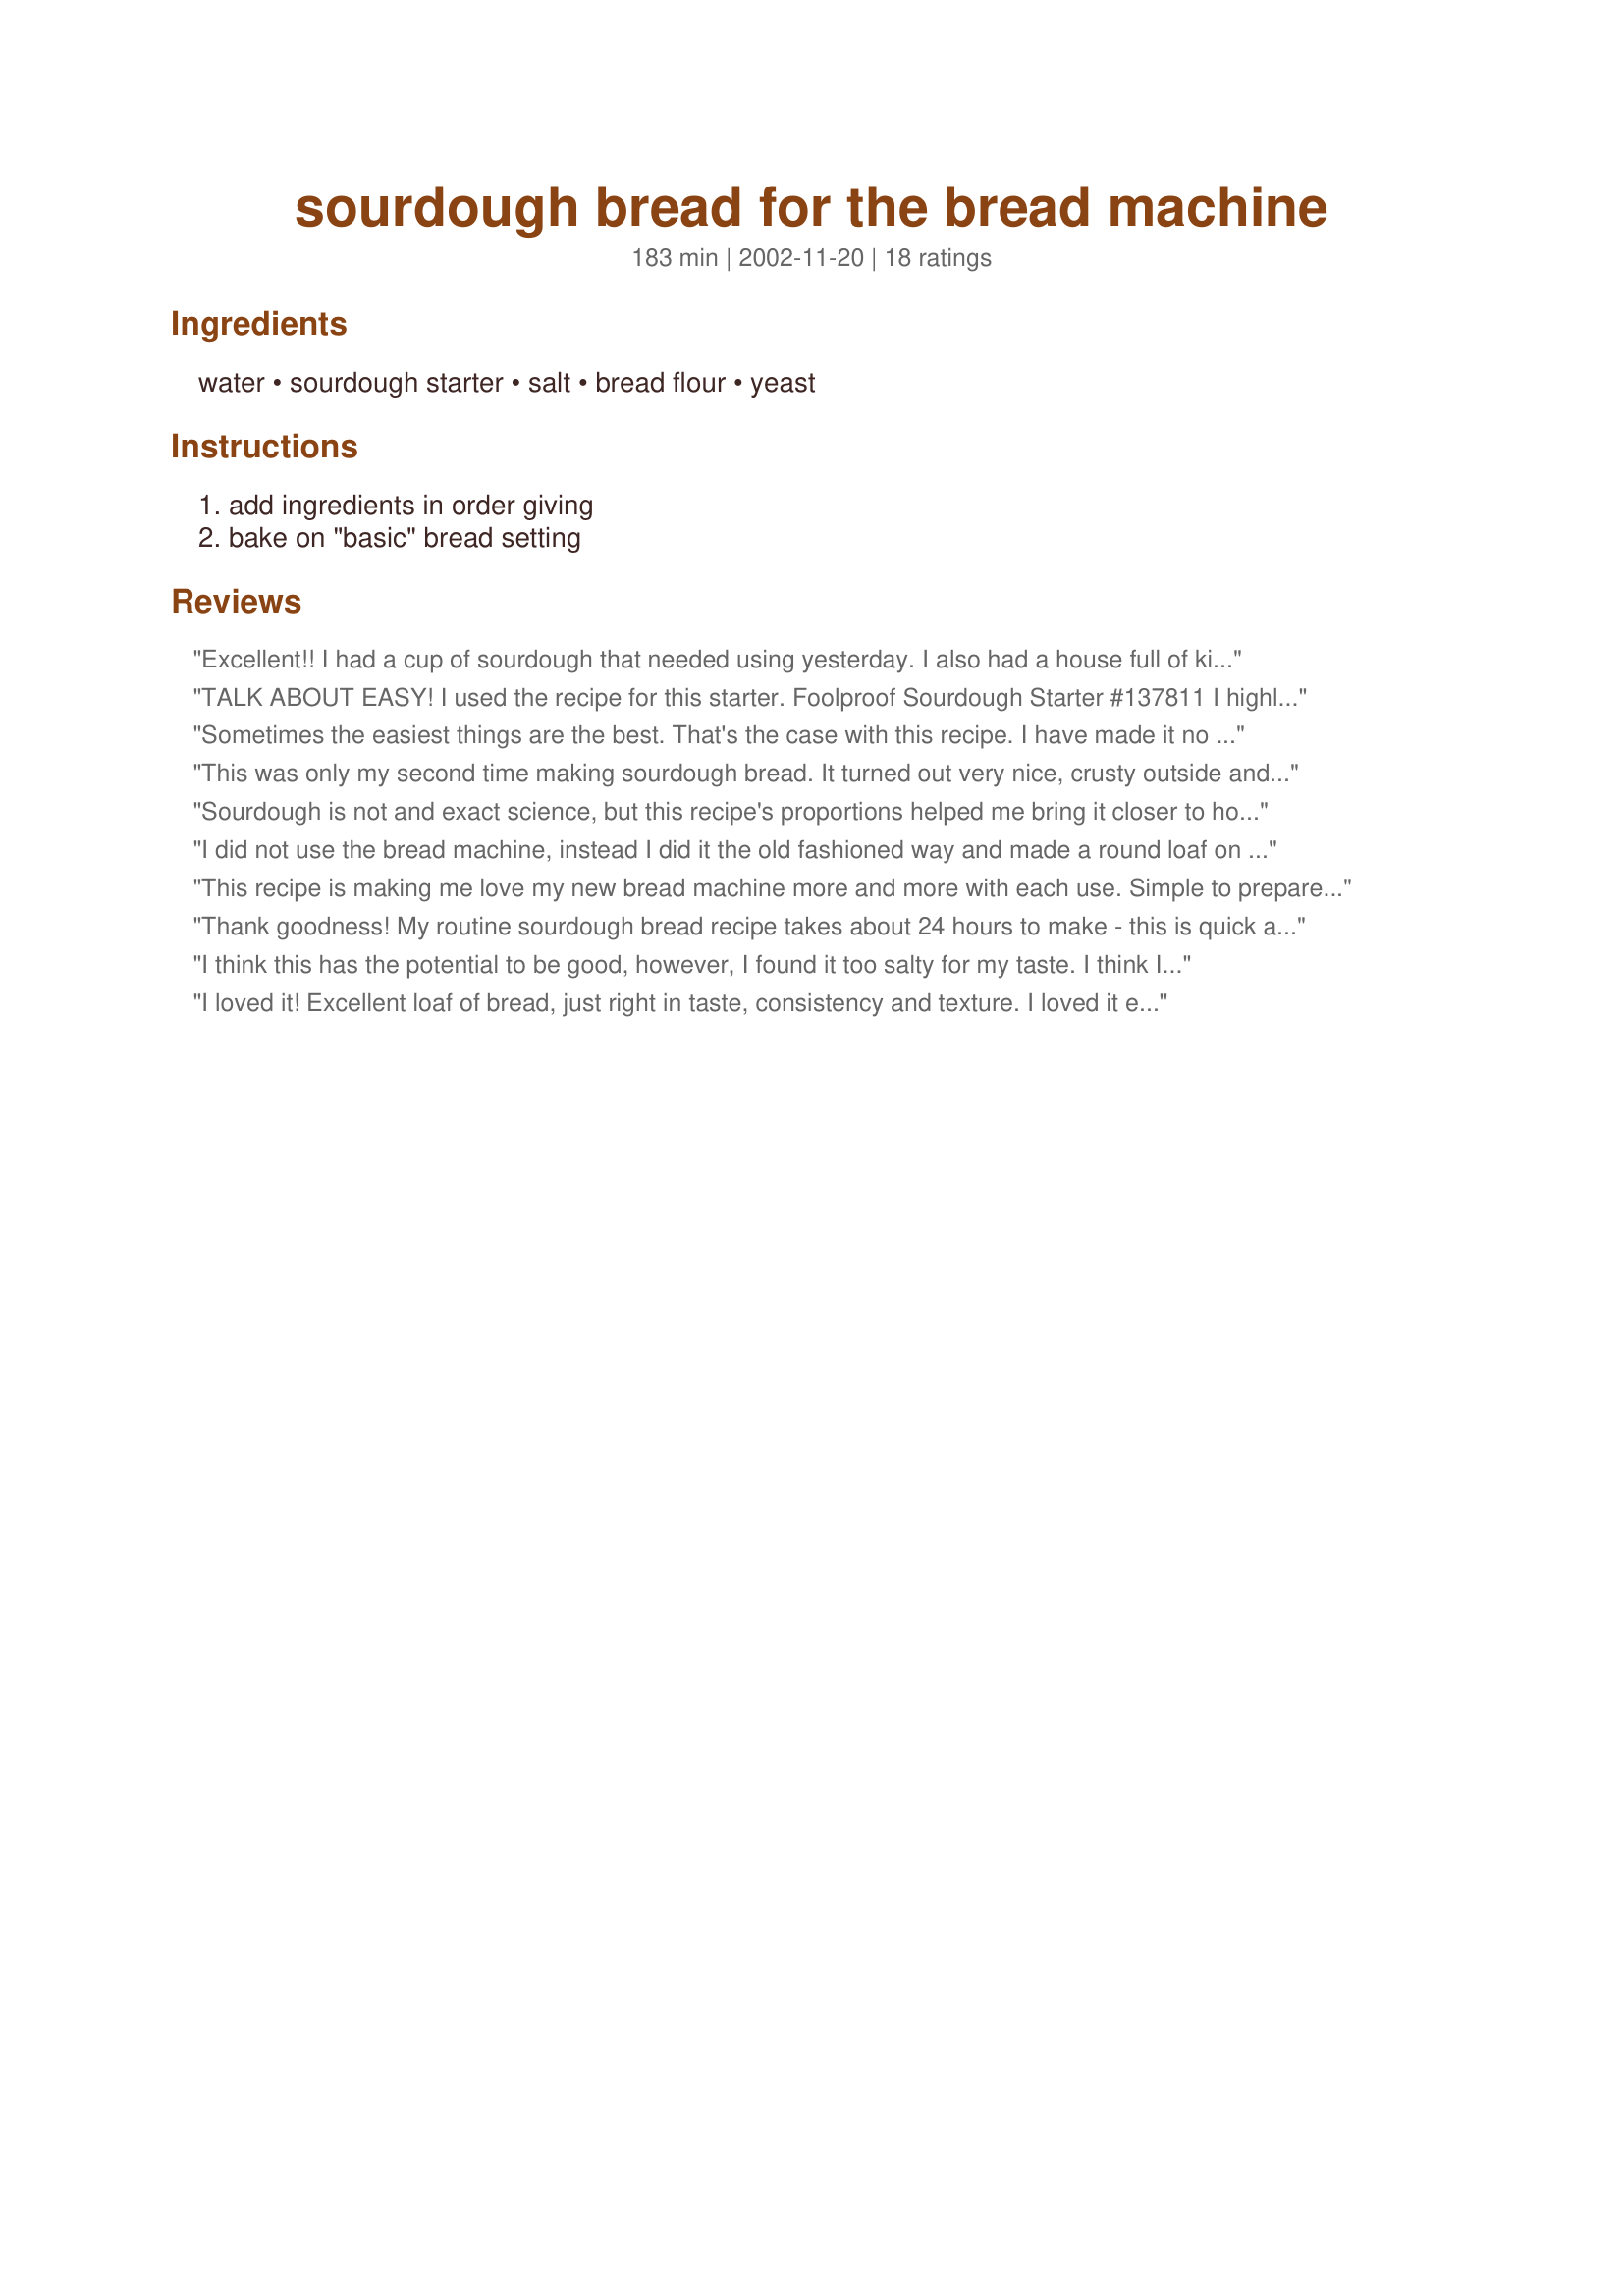
sourdough bread for the bread machine
Preparation time: 183 minutes

Ingredients:
water, sourdough starter, salt, bread flour, yeast

Steps:
add ingredients in order giving, bake on "basic" bread setting

Reviews:
Excellent!! I had a cup of sourdough that needed using yesterday. I also had a house full of kids and wanted something easy. This can't get much easier. I threw it in the breadmachine and let it go. I did set it on dough setting and made 12 beautiful buns out of it. My dad loves sourdough and I will be making these again on Friday to take to him. Thanks for a wonderul simple recipe.
TALK ABOUT EASY! I used the recipe for this starter. Foolproof Sourdough Starter #137811 I highly recommend that starter if you have problems starting a batch. This bread machine recipe is ridiculousy easy! DH & I are soooooo pleased that the sourdough taste comes through so well! I can't wait till the next loaf! Thanks Southern Chef! THIS IS A KEEPER!
Sometimes the easiest things are the best. That's the case with this recipe. I have made it no less than six times and it is perfect every single time. I have tried a lot of other bread machine sour dough recipes, but this is the only one that works like a charm. Crispy on the outside and chewy on the inside. THANK YOU FOR THIS RECIPE!!!
This was only my second time making sourdough bread. It turned out very nice, crusty outside and chewy inside. I think it even tasted better after sitting overnight.
Sourdough is not and exact science, but this recipe's proportions helped me bring it closer to home. Apparently my started is dryer than the one used in the recipe, so I had to add a little extra water, which I did while the bread was in the kneading process for more control. Yes, I opened the machine while it was operating...anyways the end result was a very malleable dough which I easily turned into baguettes for oven baking.
I did not use the bread machine, instead I did it the old fashioned way and made a round loaf on a cookie sheet dusted with cornmeal. It turned out great. Thanks for this recipe. It was super easy and my family is ready for another loaf.
This recipe is making me love my new bread machine more and more with each use. Simple to prepare and the tangy tasty flavor is reminiscent of my home town, San Francisco's iconic sourdough. Thank you for sharing.
Thank goodness! My routine sourdough bread recipe takes about 24 hours to make - this is quick and even tastes better! Thanks for posting.
I think this has the potential to be good, however, I found it too salty for my taste. I think I will make croutons out of it. I will try again, but just use less salt.
I loved it! Excellent loaf of bread, just right in taste, consistency and texture. I loved it expecially when making my grilled cheese sandwich to go with my homemade Chicken Noodle soup! Thanks so much for the great recipe!
Do I complete the King Aurthur starter to the point to use for Sourdough Bead?
This made the best bread yet in my new bread machine. I used Diana Neal's starter recipe. The outside was crusty, the inside soft and chewy, and it had great flavor. I will make this on a regular basis.
This is very good! It makes a nice fluffy light-textured loaf. I only needed about 1/2 cup water to get the right consistency. Thanks!
Made this in my bread machine this time, just to see if we would like the results. I figured the next time I could try baking it in the oven. We were THRILLED! We got a nice, airy loaf of bread that was absolutely fabulous. This is my first time to use a sourdough starter, so I am hoping that it becomes a little more sour. In any case, this was a marvelous bread that turned out perfectly. Thanks for sharing.
Really good recipe. Being Nora I can never make a recipe exactly as written...I used 2c. of white flour, 1/3c.-Wheat bran, and 1/3c. of flax seed meal. The bread turned out light and perfectly grained. My starter isn't very sour yet but it still had the distinct sourdough taste.
I didn't have such good results with this recipe. It kind of caved in on itself during the baking or rising. The taste was ok and I cut off the top but not a pretty loaf of bread and very crusty. I will try this again and maybe add some sugar and more yeast to the recipe.
This is the best and simplest sourdough recipe I have ever made. My husband especially loves it because it isn't sweet, and says my bread is too sweet even if I only add a single teaspoon of sugar! I have been trying to incorporate more whole wheat flour into our bread, so I use 1 2/3 whole wheat flour plus 1 cup all purpose when I make this, and add an additional 1/2 tsp of yeast so it won't be too heavy. I have made this using the dough cycle, and the bread machine's bake cycle and love it both ways! Hooray for delicious and convenient sourdough bread! Thanks for sharing this recipe, Southern Chef!
Awesome loaf of bread! Recipe made a very nice size loaf, crusty on outside and moist inside! My starter is about 6 months old now and really packs a punch! Thank you for a keeper in my house!
